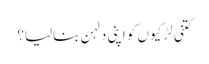
کتنی لڑکیوں کو اپنی دلہن بنالیا؟